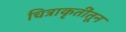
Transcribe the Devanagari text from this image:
चित्राकृतींतून